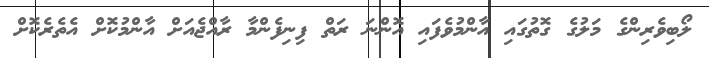
ލޯބިވެރިންގެ މަލުގެ ގޮތުގައި އާންމުވެފައި އޮންނަ ރަތް ފިނިފެންމާ ރާއްޖެއަށް އާންމުކޮށް އެތެރެކޮށް